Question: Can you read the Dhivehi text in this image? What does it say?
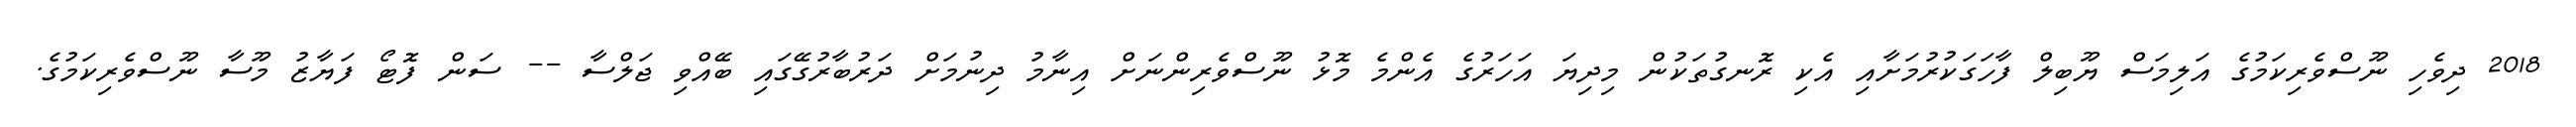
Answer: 2018 ދިވެހި ނޫސްވެރިކަމުގެ އަލިމަސް ޔޫބިލް ފާހަގަކުރުމަށާއި އެކި ރޮނގުތަކުން މިދިޔަ އަހަރުގެ އެންމެ މޮޅު ނޫސްވެރިންނަށް އިނާމު ދިނުމަށް ދަރުބާރުގޭގައި ބޭއްވި ޖަލްސާ -- ސަން ފޮޓޯ ފަޔާޒު މޫސާ ނޫސްވެރިކަމުގެ.